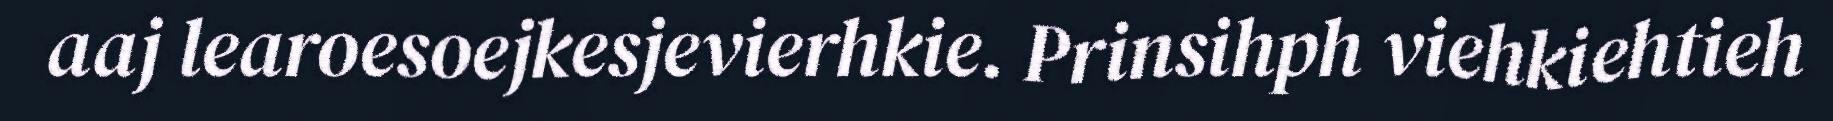
aaj learoesoejkesjevierhkie. Prinsihph viehkiehtieh